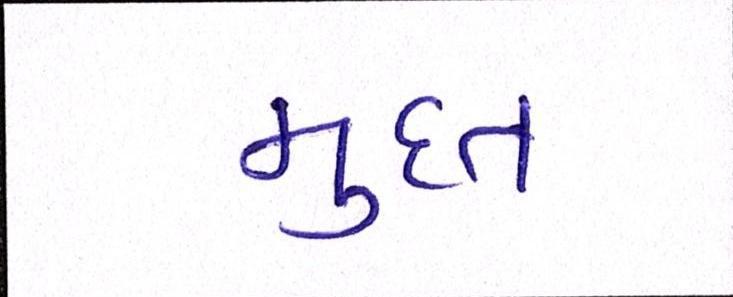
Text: મુદત